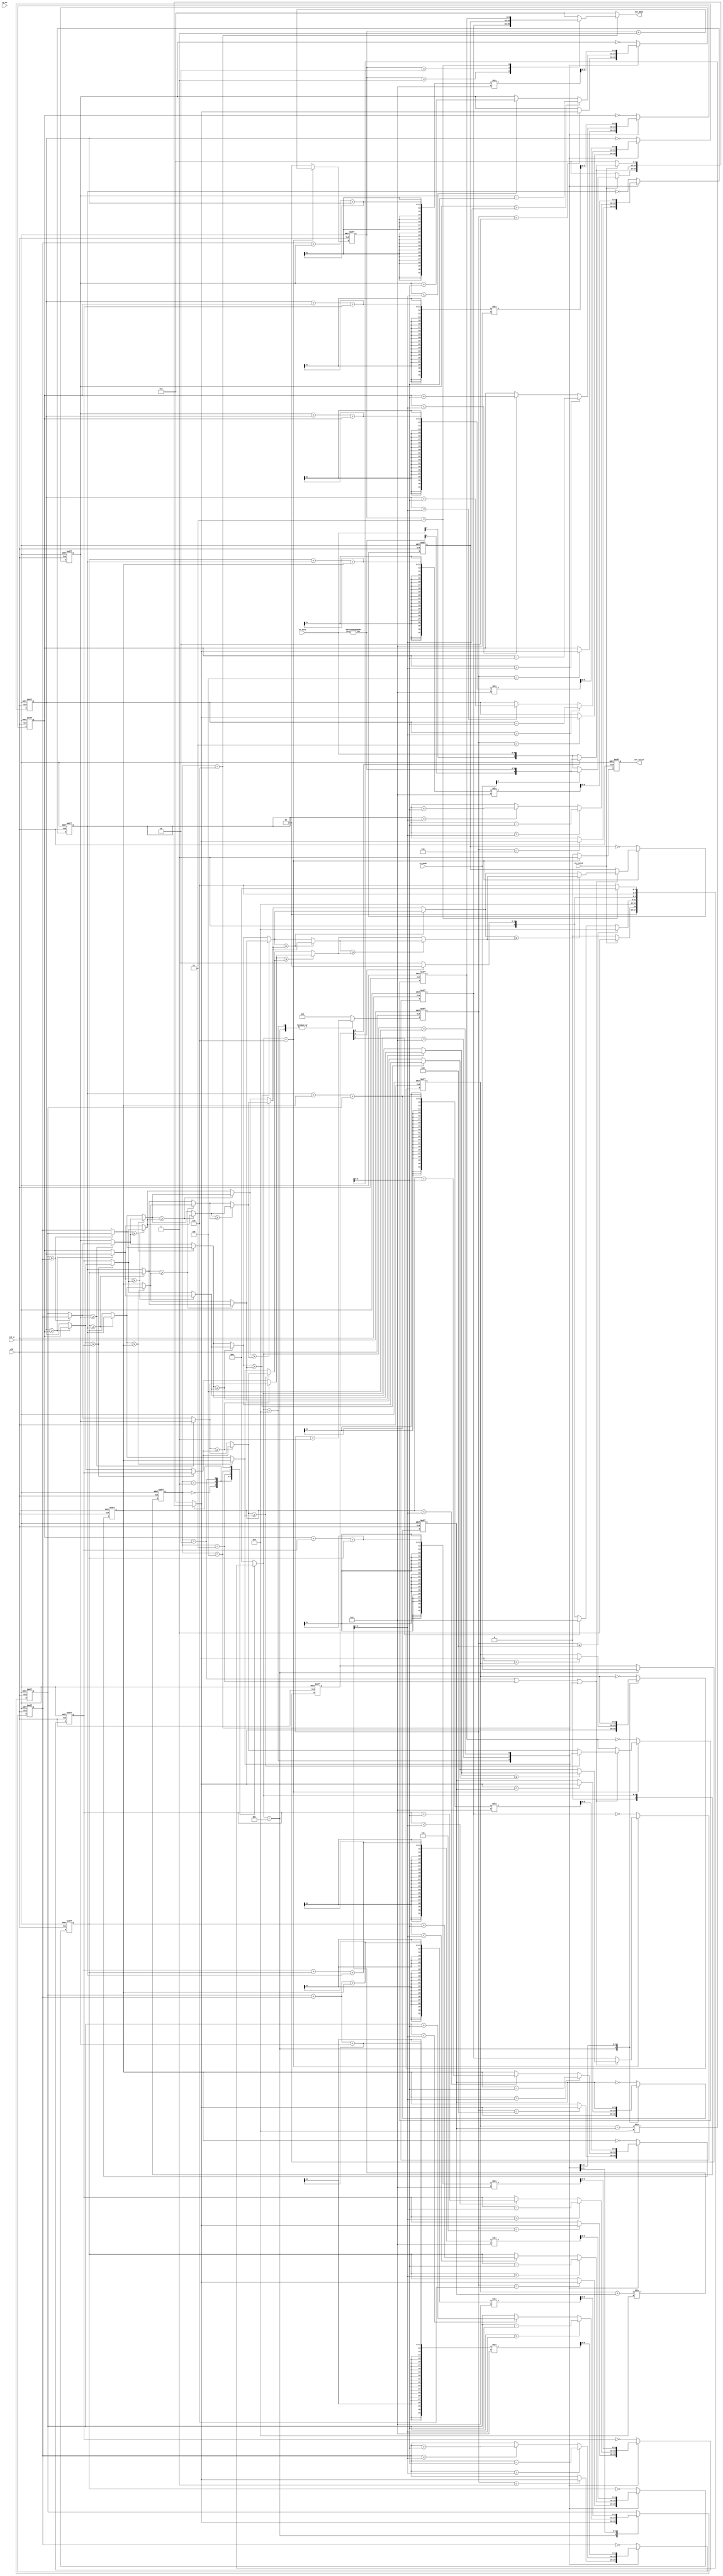
module SP(
	// Input signals
	clk,
	rst_n,
	cg_en,
	in_valid,
	in_data,
	in_mode,
	// Output signals
	out_valid,
	out_data
);

// INPUT AND OUTPUT DECLARATION  
input		clk;
input		rst_n;
input		in_valid;
input		cg_en;
input [8:0] in_data;
input [2:0] in_mode;

output reg 		  out_valid;
output reg signed[9:0] out_data;


/* FSM Declaration */
reg [3:0] c_state, n_state;
parameter ST_IDLE = 'd0,
		  ST_IN_MODE = 'd1,
		  ST_IN = 'd2,
		  ST_ADDSUB = 'd3,
		  ST_SMA = 'd4,
		  ST_MMM = 'd5,
		  ST_OUT = 'd6;

/* reg & wire */
reg [2:0] mode;
reg signed [9:0] data [8:0];
reg [1:0] out_cnt;
wire signed [8:0] bin_code;
reg signed [9:0] final_in_data;
wire signed [8:0] bin_code_two_comp;
wire signed [9:0] max_wire, med_wire, min_wire;
wire signed [9:0] max_min_sub,
			  	  max_min_add,
				  half_diff_temp,
				  midpoint_temp,
				  half_diff,
				  midpoint;
reg signed [9:0] addsub_max, addsub_min;
reg signed [9:0] add_sub [8:0];
wire signed [9:0] sma [8:0];
reg signed [9:0] out_max, out_med, out_min;
reg [3:0] in_cnt;
genvar i;

wire signed [9:0] hor_0 [2:0]; // 0 = maximum, 1 = median, 2 = minmum 
wire signed [9:0] hor_1 [2:0]; // 0 = maximum, 1 = median, 2 = minmum 
wire signed [9:0] hor_2 [2:0]; // 0 = maximum, 1 = median, 2 = minmum 
wire signed [9:0] ver_0 [2:0]; // 0 = maximum, 1 = median, 2 = minmum 
wire signed [9:0] ver_1 [2:0]; // 0 = maximum, 1 = median, 2 = minmum 
wire signed [9:0] ver_2 [2:0]; // 0 = maximum, 1 = median, 2 = minmum
wire signed [9:0] iter1_winner [6:0];
wire signed [9:0] iter1_loser [6:0];
wire signed [9:0] iter2_winner [6:0];
wire signed [9:0] iter2_loser [6:0];

/* FSM */
always @(posedge clk or negedge rst_n) begin
	if(!rst_n) c_state <= ST_IDLE;
	else c_state <= n_state;
end
always @(*) begin
	case (c_state)
	ST_IDLE: begin
		if(in_valid) n_state = ST_IN_MODE;
		else n_state = ST_IDLE;
	end
	ST_IN_MODE: n_state = ST_IN;
	ST_IN: begin
		if(in_cnt <= 4'd8) n_state = ST_IN;
		else begin
			if(mode[1]) n_state = ST_ADDSUB;
			else if(mode[2]) n_state = ST_SMA;
			else n_state = ST_OUT;
		end
	end
	ST_ADDSUB: begin
		if(mode[2]) n_state = ST_SMA;
		else n_state = ST_OUT;
	end
	ST_SMA: n_state = ST_OUT;
	ST_OUT: begin
		if(out_cnt == 2'b11) n_state = ST_IDLE;
		else n_state = ST_OUT;
	end
	default: n_state = ST_IDLE;
	endcase
end
always @(posedge clk or negedge rst_n) begin
	if(!rst_n) in_cnt <= 4'b0;
	else begin
		case (n_state)
			ST_IN_MODE: in_cnt <= in_cnt + 1'b1;
			ST_IN: in_cnt <= in_cnt + 1'b1;
			default: in_cnt <= 1'b0;
		endcase
	end
end
always @(posedge clk or negedge rst_n) begin
	if(!rst_n) mode <= 3'b0;
	else begin
		case (n_state)
		ST_IN_MODE: mode <= in_mode;
		default: mode <= mode;
		endcase
	end
end
always @(*) begin
	case (c_state)
	ST_IDLE: begin
		if(in_valid) begin
			if(in_mode[0]) final_in_data = {bin_code[8], bin_code};
			else final_in_data = {in_data[8], in_data};
		end
		else final_in_data = 10'd0;
	end
	ST_IN_MODE: begin
		if(mode[0]) final_in_data = {bin_code[8], bin_code};
		else final_in_data = {in_data[8], in_data};
	end
	ST_IN: begin
		if(in_valid) begin
			if(mode[0]) final_in_data = {bin_code[8], bin_code};
			else final_in_data = {in_data[8], in_data};
		end
		else final_in_data = 10'd0;
	end
	default: final_in_data = 10'd0;
	endcase
end

always @(posedge clk or negedge rst_n) begin
	if(!rst_n) data[0] <= 10'b0;
	else begin
		case (n_state)
		ST_IN_MODE: data[0] <= final_in_data;
		ST_IN: data[0] <= data[0];
		ST_ADDSUB: begin
			if(data[0] > midpoint) data[0] <= data[0] - half_diff;
			else if(data[0] < midpoint) data[0] <= data[0] + half_diff;
			else data[0] <= data[0];
		end
		ST_SMA: data[0] <= sma[0];
		default: data[0] <= data[0];
		endcase
	end
end
generate
for(i = 1; i < 9; i = i + 1) begin
	always @(posedge clk or negedge rst_n) begin
		if(!rst_n) data[i] <= 10'b0;
		else begin
			case (n_state)
			ST_IN: begin
				if(in_cnt == i)	data[i] <= final_in_data;
				else data[i] <= data[i];
			end
			
			ST_ADDSUB: begin
				if(data[i] > midpoint) data[i] <= data[i] - half_diff;
				else if(data[i] < midpoint) data[i] <= data[i] + half_diff;
				else data[i] <= data[i];
			end
			ST_SMA: data[i] <= sma[i];
			default: data[i] <= ~data[i];
			endcase
		end
	end
end
endgenerate


always @(posedge clk or negedge rst_n) begin
	if(!rst_n) addsub_max <= 10'b0;
	else begin
		case (n_state)
		ST_IN_MODE: addsub_max <= final_in_data;
		ST_IN: begin
			if(final_in_data > addsub_max) addsub_max <= final_in_data;
			else addsub_max <= addsub_max;
		end
		ST_ADDSUB: addsub_max <= addsub_max;
		default: addsub_max <= ~addsub_max;
		endcase
	end
end
always @(posedge clk or negedge rst_n) begin
	if(!rst_n) addsub_min <= 10'b0;
	else begin
		case (n_state)
		ST_IN_MODE: addsub_min <= final_in_data;
		ST_IN: begin
			if(final_in_data < addsub_min) addsub_min <= final_in_data;
			else addsub_min <= addsub_min;
		end
		ST_ADDSUB: addsub_min <= addsub_min;
		default: addsub_min <= ~addsub_min;
		endcase
	end
end
always @(posedge clk or negedge rst_n) begin
	if(!rst_n) out_max <= 10'b0;
	else begin
		case (n_state)
		ST_OUT: begin
			if(c_state == ST_IN || c_state == ST_ADDSUB || c_state == ST_SMA) out_max <= max_wire;
			else out_max <= out_max;
		end
		default: out_max <= ~out_max;
		endcase
		
	end
end
always @(posedge clk or negedge rst_n) begin
	if(!rst_n) out_med <= 10'b0;
	else begin
		case (n_state)
		ST_OUT: begin
			if(c_state == ST_IN || c_state == ST_ADDSUB || c_state == ST_SMA) out_med <= med_wire;
			else out_med <= out_med;
		end
		default: out_med <= ~out_med;
		endcase
	end
end
always @(posedge clk or negedge rst_n) begin
	if(!rst_n) out_min <= 10'b0;
	else begin
		case (n_state)
		ST_OUT: begin
			if(c_state == ST_IN || c_state == ST_ADDSUB || c_state == ST_SMA) out_min <= min_wire;
			else out_min <= out_min;
		end
		default: out_min <= ~out_min;
		endcase
	end
end
GRAYCODE2BINARY U_g2b(.gray(in_data), .bin(bin_code));

assign bin_code_two_comp = (in_data[8])? {1'b1, (~bin_code[7:0]) + 1'b1} : bin_code;
assign max_min_sub = addsub_max - addsub_min;
assign max_min_add = addsub_max + addsub_min;
assign half_diff = max_min_sub / 2;
assign midpoint = max_min_add / 2;

assign sma[0] = (data[0] + data[1] + data[8]) / 3;
assign sma[8] = (data[7] + data[8] + data[0]) / 3;
generate
for(i = 1; i < 8; i = i + 1) begin
	assign sma[i] = (data[i-1] + data[i] + data[i+1]) / 3;
end	
endgenerate

always @(posedge clk or negedge rst_n) begin
	if(!rst_n) out_cnt <= 2'b0;
	else begin
		case (n_state)
			ST_OUT: out_cnt <= out_cnt + 1'b1;
			default: out_cnt <= 2'b0;
		endcase
	end
end
/* output */
always @(posedge clk or negedge rst_n) begin
	if(!rst_n) out_valid <= 1'b0;
	else begin
		case (n_state)
		ST_OUT : out_valid <= 1'b1;		
		default: out_valid <= 1'b0;
		endcase
	end
end

always @(*) begin
	case (c_state)
	ST_OUT: begin
		case (out_cnt)
		2'b01: out_data = out_max;
		2'b10: out_data = out_med;
		2'b11: out_data = out_min;
		default: out_data = 10'b0;
		endcase
		end
	default: out_data = 10'b0;
	endcase
end

/* compare */

assign iter1_winner[0] = (data[0] >= data[1])? data[0] : data[1];
assign iter1_loser[0] = (data[0] >= data[1])? data[1] : data[0];
assign iter2_winner[0] = (iter1_loser[0] >= data[2])? iter1_loser[0] : data[2];
assign iter2_loser[0] = (iter1_loser[0] >= data[2])? data[2] : iter1_loser[0];

assign iter1_winner[1] = (data[3] >= data[4])? data[3] : data[4];
assign iter1_loser[1] = (data[3] >= data[4])? data[4] : data[3];
assign iter2_winner[1] = (iter1_loser[1] >= data[5])? iter1_loser[1] : data[5];
assign iter2_loser[1] = (iter1_loser[1] >= data[5])? data[5] : iter1_loser[1];

assign iter1_winner[2] = (data[6] >= data[7])? data[6] : data[7];
assign iter1_loser[2] = (data[6] >= data[7])? data[7] : data[6];
assign iter2_winner[2] = (iter1_loser[2] >= data[8])? iter1_loser[2] : data[8];
assign iter2_loser[2] = (iter1_loser[2] >= data[8])? data[8] : iter1_loser[2];

assign hor_0[0] = (iter1_winner[0] >= iter2_winner[0])? iter1_winner[0] : iter2_winner[0];
assign hor_0[1] = (iter1_winner[0] >= iter2_winner[0])? iter2_winner[0] : iter1_winner[0];
assign hor_0[2] = iter2_loser[0];

assign hor_1[0] = (iter1_winner[1] >= iter2_winner[1])? iter1_winner[1] : iter2_winner[1];
assign hor_1[1] = (iter1_winner[1] >= iter2_winner[1])? iter2_winner[1] : iter1_winner[1];
assign hor_1[2] = iter2_loser[1];

assign hor_2[0] = (iter1_winner[2] >= iter2_winner[2])? iter1_winner[2] : iter2_winner[2];
assign hor_2[1] = (iter1_winner[2] >= iter2_winner[2])? iter2_winner[2] : iter1_winner[2];
assign hor_2[2] = iter2_loser[2];

assign iter1_winner[3] = (hor_0[0] >= hor_1[0])? hor_0[0] : hor_1[0];
assign iter1_loser[3] = (hor_0[0] >= hor_1[0])? hor_1[0] : hor_0[0];
assign iter2_winner[3] = (iter1_loser[3] >= hor_2[0])? iter1_loser[3] : hor_2[0];
assign iter2_loser[3] = (iter1_loser[3] >= hor_2[0])? hor_2[0] : iter1_loser[3];

assign iter1_winner[4] = (hor_0[1] >= hor_1[1])? hor_0[1] : hor_1[1];
assign iter1_loser[4] = (hor_0[1] >= hor_1[1])? hor_1[1] : hor_0[1];
assign iter2_winner[4] = (iter1_loser[4] >= hor_2[1])? iter1_loser[4] : hor_2[1];
assign iter2_loser[4] = (iter1_loser[4] >= hor_2[1])? hor_2[1] : iter1_loser[4];

assign iter1_winner[5] = (hor_0[2] >= hor_1[2])? hor_0[2] : hor_1[2];
assign iter1_loser[5] = (hor_0[2] >= hor_1[2])? hor_1[2] : hor_0[2];
assign iter2_winner[5] = (iter1_loser[5] >= hor_2[2])? iter1_loser[5] : hor_2[2];
assign iter2_loser[5] = (iter1_loser[5] >= hor_2[2])? hor_2[2] : iter1_loser[5];

assign ver_0[0] = (iter1_winner[3] >= iter2_winner[3])? iter1_winner[3] : iter2_winner[3];
assign ver_0[1] = (iter1_winner[3] >= iter2_winner[3])? iter2_winner[3] : iter1_winner[3];
assign ver_0[2] = iter2_loser[3];

assign ver_1[0] = (iter1_winner[4] >= iter2_winner[4])? iter1_winner[4] : iter2_winner[4];
assign ver_1[1] = (iter1_winner[4] >= iter2_winner[4])? iter2_winner[4] : iter1_winner[4];
assign ver_1[2] = iter2_loser[4];

assign ver_2[0] = (iter1_winner[5] >= iter2_winner[5])? iter1_winner[5] : iter2_winner[5];
assign ver_2[1] = (iter1_winner[5] >= iter2_winner[5])? iter2_winner[5] : iter1_winner[5];
assign ver_2[2] = iter2_loser[5];


assign iter1_winner[6] = (ver_0[2] >= ver_1[1])? ver_0[2] : ver_1[1];
assign iter1_loser[6] = (ver_0[2] >= ver_1[1])? ver_1[1] : ver_0[2];
assign iter2_winner[6] = (iter1_loser[6] >= ver_2[0])? iter1_loser[6] : ver_2[0];
assign iter2_loser[6] = (iter1_loser[6] >= ver_2[0])? ver_2[0] : iter1_loser[6];

assign max_wire = ver_0[0];
assign med_wire = (iter1_winner[6] >= iter2_winner[6])? iter2_winner[6] : iter1_winner[6];
assign min_wire = ver_2[2];

endmodule

module GRAYCODE2BINARY(
	gray, bin
);

input signed [8:0] gray;
output signed [8:0] bin;
wire [7:0] w;
wire [7:0] w_neg;
wire zeroFlag;
// assign w[8] = gray[8];
assign w[7] = gray[7];
assign w[6] = gray[6] ^ w[7];
assign w[5] = gray[5] ^ w[6];
assign w[4] = gray[4] ^ w[5];
assign w[3] = gray[3] ^ w[4];
assign w[2] = gray[2] ^ w[3];
assign w[1] = gray[1] ^ w[2];
assign w[0] = gray[0] ^ w[1];
assign zeroFlag = |w;
assign bin = (zeroFlag)? ((gray[8])? {1'b1, (~w[7:0]) + 1'b1} : w) : 9'b0;

endmodule